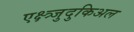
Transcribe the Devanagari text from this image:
एक्ष्त्र्जुदुकिअल